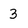
Character: 3